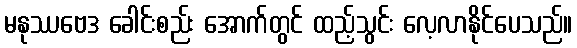
မနုဿဗေဒ ခေါင်းစည်း အောက်တွင် ထည့်သွင်း လေ့လာနိုင်ပေသည်။